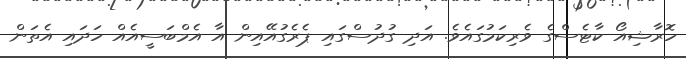
ހޮރާޝިއޯ ކާޓެސްގެ ވެރިކަމުގައެވެ. އަދި ގުދުސްގައި ޕެރެގުއޭއިން އާ އެމްބަސީއެއް ހަދައި އެތަން